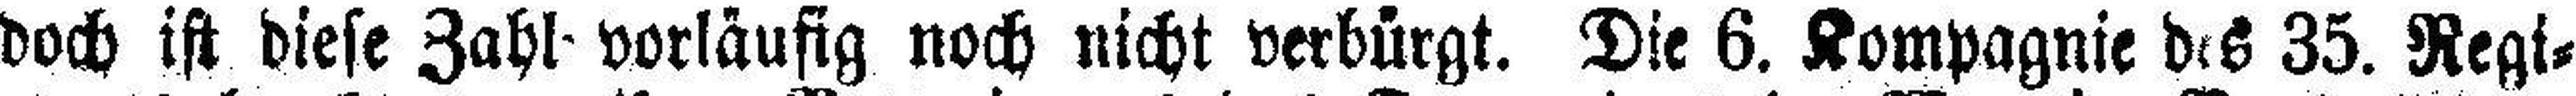
doch ist diese Zahl vorläufig noch nicht verbürgt. Die 6. Kompagnie des 35. Regi¬